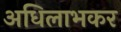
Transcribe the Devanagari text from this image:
अधिलाभकर